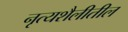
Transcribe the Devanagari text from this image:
नृत्यशैलीतील